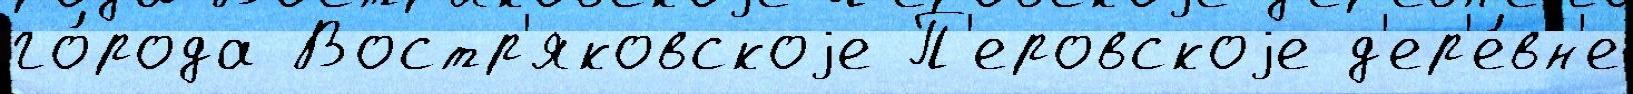
го́рода Востр'яковскоjе П'еровскоjе д'ер'е́вн'е